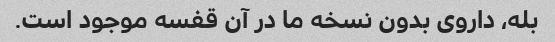
بله، داروی بدون نسخه ما در آن قفسه موجود است.